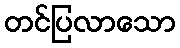
တင်ပြလာသော